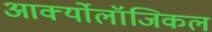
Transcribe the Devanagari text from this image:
आर्क्योलॉजिकल